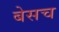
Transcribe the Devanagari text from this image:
बेसच